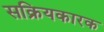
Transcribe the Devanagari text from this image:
सक्रियकारक